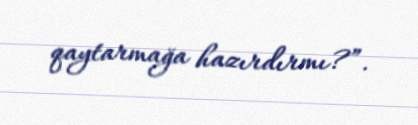
qaytarmağa hazırdırmı?”.